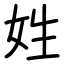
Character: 姓